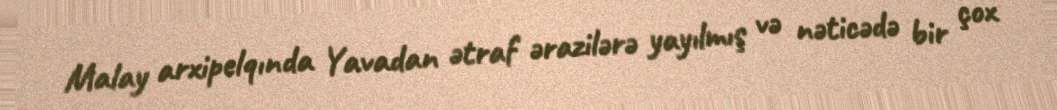
Malay arxipelqında Yavadan ətraf ərazilərə yayılmış və nəticədə bir çox